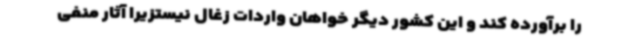
را برآورده کند و این کشور دیگر خواهان واردات زغال نیستزیرا آثار منفی